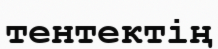
тентектің